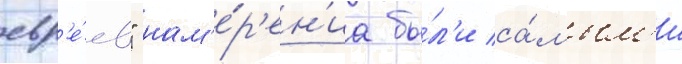
евр'е́ев" нам'е́р'ен'иа бы́л'и са́мым'и